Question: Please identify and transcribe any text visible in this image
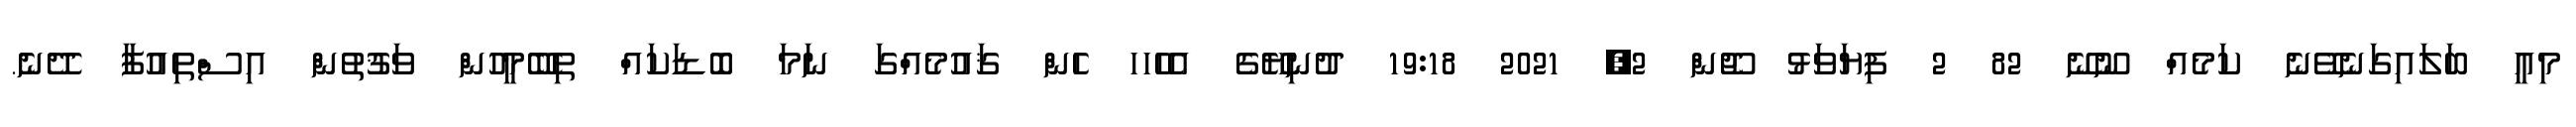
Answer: މިއީ ބަލައިގަނެވޭނެ ކަމެއް ނޫނޭ 82 2 ފިޔަވަޅު ޖޫން 2, 2021 19:18 ދުނިޔޭގެ އެހެހހ ހެން ޤައުމެއްގަ ނަމަ ބޮޑަކައް ތިބޭމީހުން ވަޤުތުން އިސްތިއުފާ ދޭނެ.